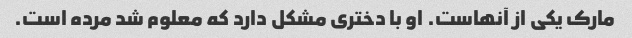
مارک یکی از آنهاست. او با دختری مشکل دارد که معلوم شد مرده است.